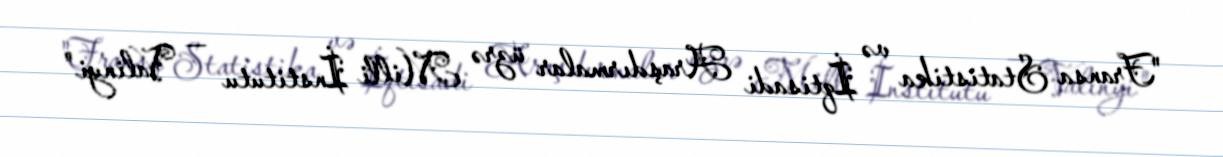
"Fransa Statistika və İqtisadi Araşdırmalar üzrə Milli İnstitutu — Valinyi"